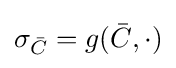
\sigma _{\bar {C}}=g({\bar {C}},\cdot )